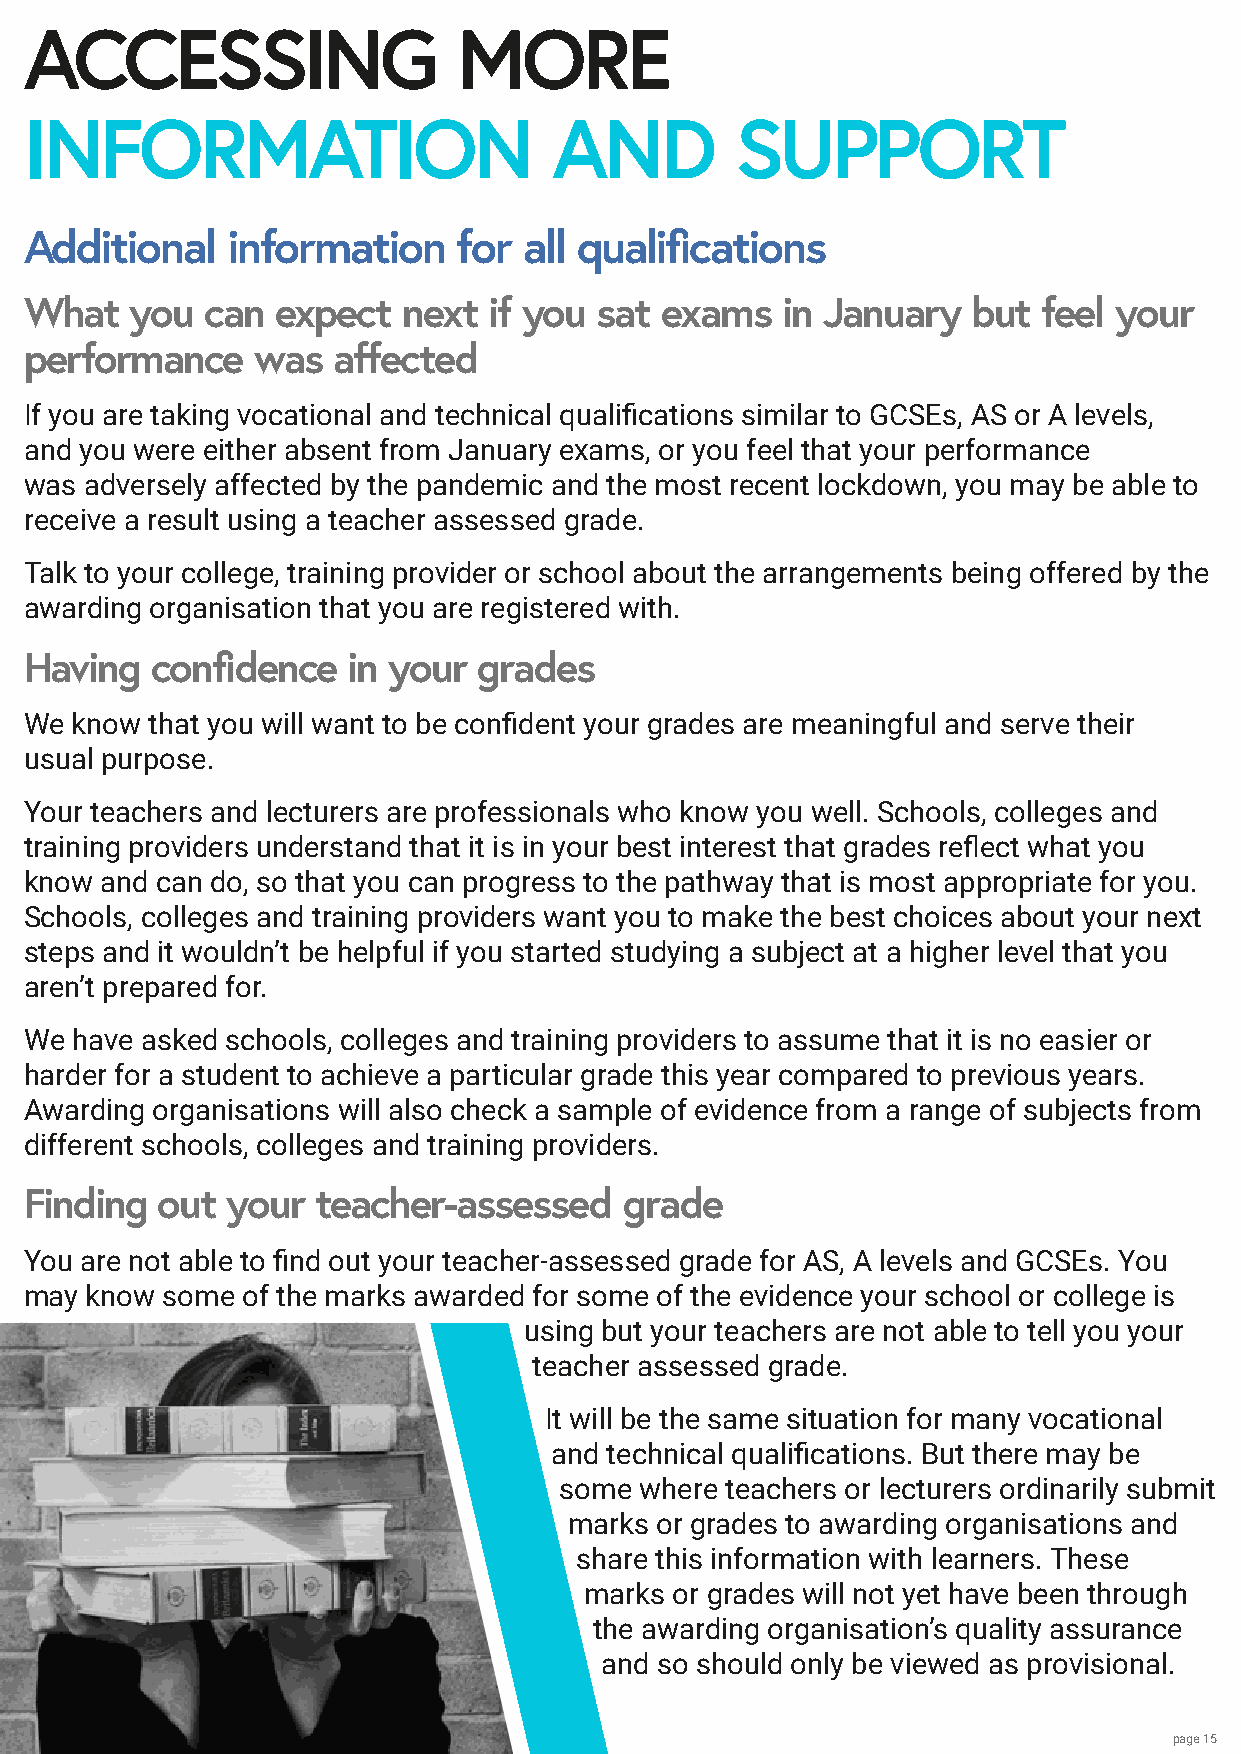
ACCESSING                   MORE
 INFORMATION                        AND         SUPPORT
 Additional   information    for  all qualifications
 What   you can  expect   next if you sat  exams   in January  but  feel your
 performance    was  affected
 If you are taking vocational and technical qualifications similar to GCSEs, AS or A levels,
 and you were either absent from January exams, or you feel that your performance
 was adversely affected by the pandemic and the most recent lockdown, you may be able to
 receive a result using a teacher assessed grade.
 Talk to your college, training provider or school about the arrangements being offered by the
 awarding organisation that you are registered with.
 Having  confidence   in your  grades
 We know that you will want to be confident your grades are meaningful and serve their
 usual purpose.
 Your teachers and lecturers are professionals who know you well. Schools, colleges and
 training providers understand that it is in your best interest that grades reflect what you
 know and can do, so that you can progress to the pathway that is most appropriate for you.
 Schools, colleges and training providers want you to make the best choices about your next
 steps and it wouldn’t be helpful if you started studying a subject at a higher level that you
 aren’t prepared for.
 We have asked schools, colleges and training providers to assume that it is no easier or
 harder for a student to achieve a particular grade this year compared to previous years.
 Awarding organisations will also check a sample of evidence from a range of subjects from
 different schools, colleges and training providers.
 Finding out  your  teacher-assessed    grade
 You are not able to find out your teacher-assessed grade for AS, A levels and GCSEs. You
 may know some of the marks awarded for some of the evidence your school or college is
 using but your teachers are not able to tell you your
 teacher assessed grade.
 It will be the same situation for many vocational
 and technical qualifications. But there may be
 some where teachers or lecturers ordinarily submit
 marks or grades to awarding organisations and
 share this information with learners. These
 marks or grades will not yet have been through
 the awarding organisation’s quality assurance
 and so should only be viewed as provisional.
 page 15